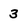
Character: 3